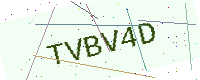
Text: TVBV4D